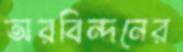
অরবিন্দনের